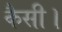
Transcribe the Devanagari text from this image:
कैसी।